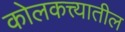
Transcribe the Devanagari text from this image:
कोलकत्त्यातील